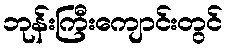
ဘုန်းကြီးကျောင်းတွင်